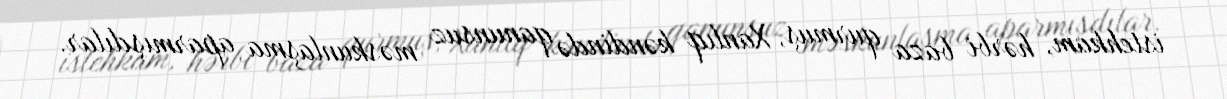
istehkam, hərbi baza qurmuş, Xanlıq kəndində qanunsuz məskunlaşma aparmışdılar.